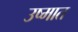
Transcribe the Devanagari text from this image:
उष्मात